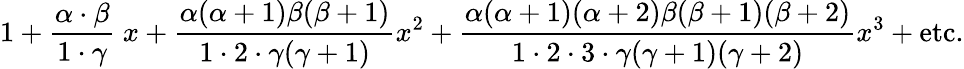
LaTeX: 1+{\frac{\alpha\cdot\beta}{1\cdot\gamma}}~x+{\frac{\alpha(\alpha+1)\beta(\beta+1)}{1\cdot 2\cdot\gamma(\gamma+1)}}x^{2}+{\frac{\alpha(\alpha+1)(\alpha+2)\beta(\beta+1)(\beta+2)}{1\cdot 2\cdot 3\cdot\gamma(\gamma+1)(\gamma+2)}}x^{3}+{\mathrm{etc.}}